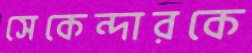
সেকেন্দারকে